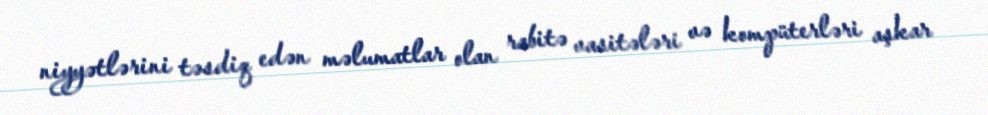
niyyətlərini təsdiq edən məlumatlar olan rabitə vasitələri və kompüterləri aşkar